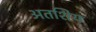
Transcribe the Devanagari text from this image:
अतशिय